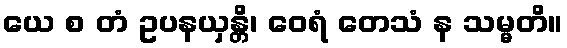
ယေ စ တံ ဥပနယှန္တိ၊ ဝေရံ တေသံ န သမ္မတိ။